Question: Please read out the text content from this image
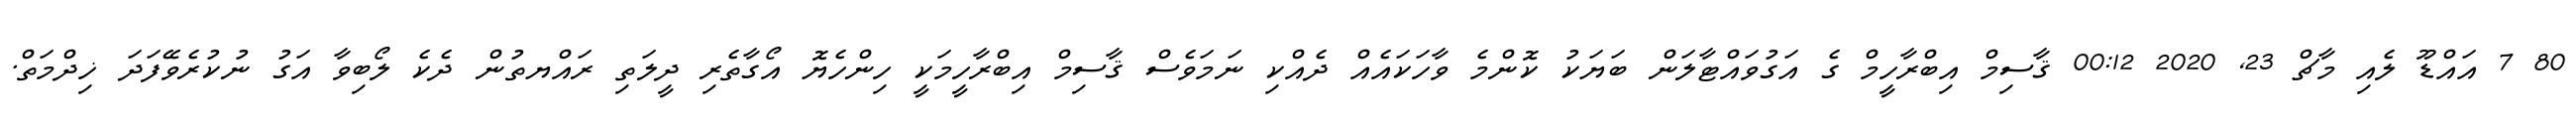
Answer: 80 7 އައްޑޫ ލެއި މާޗް 23, 2020 00:12 ޤާސިމް އިބްރާހީމް ގެ އަގުވައްޓާލަން ބަޔަކު ކޮންމެ ވާހަކައެއް ދެއްކި ނަމަވެސް ޤާސިމް އިބްރާހީމަކީ ހިންހެޔޮ އޯގާތެރި ދީލަތި ރައްޔތުން ދެކެ ލޯބިވާ އަގު ނުކުރެވޭފަދަ ޚިދްމަތް.